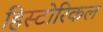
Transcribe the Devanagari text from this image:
हिस्‍टोरिकल